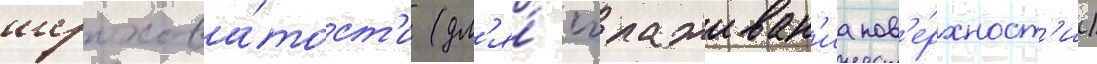
шерохова́тост'и (дл'я́ сглаживан'иа пов'е́рхност'и)